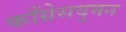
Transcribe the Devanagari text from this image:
काँग्रेसवुमन